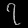
Digit: ၇